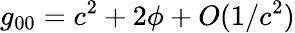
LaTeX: g_{00}=c^{2}+2\phi+O(1/c^{2})